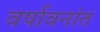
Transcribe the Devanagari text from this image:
वर्षावनांत